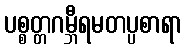
ပစ္စတ္တဂမ္ဘီရမတပ္ပစာရာ